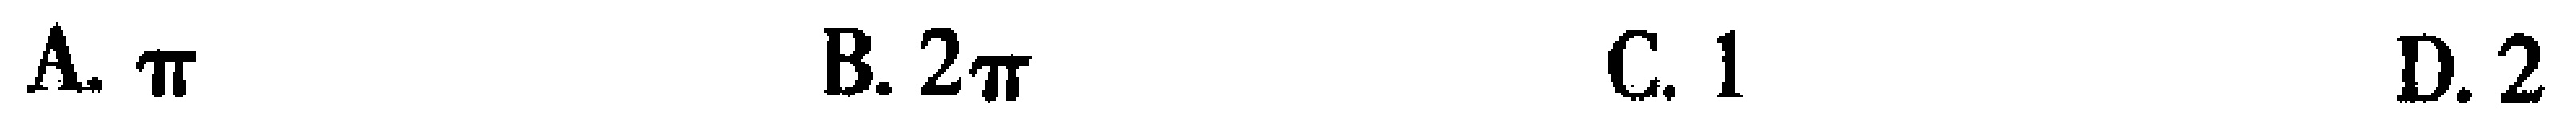
A. $\pi$  B. $2\pi$  C. $1$  D. $2$